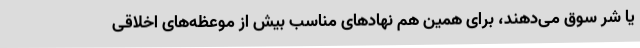
یا شر سوق می‌دهند، برای همین هم نهادهای مناسب بیش از موعظه‌های اخلاقی